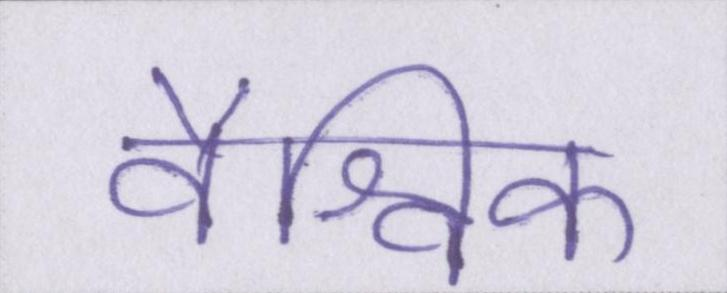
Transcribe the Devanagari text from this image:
वैश्विक